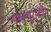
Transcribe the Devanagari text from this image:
मरक्यूरोक्रोम